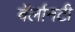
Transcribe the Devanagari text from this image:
बॅर्लानटी